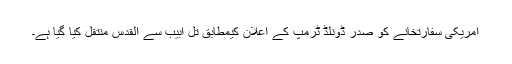
امریکی سفارتخانے کو صدر ڈونلڈ ٹرمپ کے اعلان کیمطابق تل ابیب سے القدس منتقل کیا گیا ہے۔